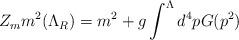
LaTeX: \begin{align*}Z_{m} m^{2}(\Lambda_{R}) = m^{2}+ g \int^{\Lambda} d^{4}p G(p^{2})\end{align*}